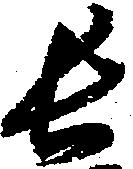
長